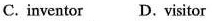
C.inventor D.Visitor